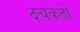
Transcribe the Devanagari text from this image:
दचकतो